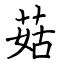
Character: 菇